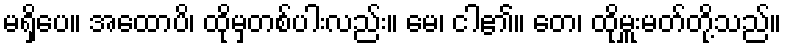
မရှိပေ။ အထောပိ၊ ထိုမှတစ်ပါးလည်း။ မေ၊ ငါ၏။ တေ၊ ထိုမှူးမတ်တို့သည်။